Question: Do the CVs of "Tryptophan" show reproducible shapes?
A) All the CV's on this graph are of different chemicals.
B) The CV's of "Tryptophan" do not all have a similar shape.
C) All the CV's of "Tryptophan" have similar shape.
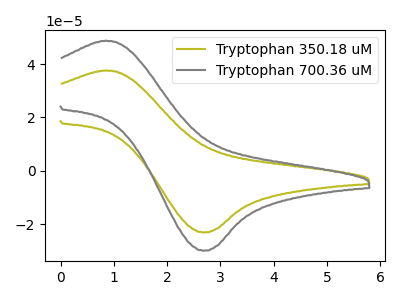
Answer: <think>The olive curve "Tryptophan 350.18 uM" has an anodic peak at (0.85V, 37.60uA) and a cathodic peak at (2.70V, -23.10uA). The gray curve "Tryptophan 700.36 uM" has an anodic peak at (0.85V, 48.75uA) and a cathodic peak at (2.70V, -29.95uA).
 All the peaks in "Tryptophan 350.18 uM" have a peak in "Tryptophan 700.36 uM" at the same potential. Every peak in "Tryptophan 350.18 uM" is lower than every peak in "Tryptophan 700.36 uM".</think>
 <answer>C) All the CV's of "Tryptophan" have similar shape.</answer>
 <eval>C</eval>